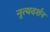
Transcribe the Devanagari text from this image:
नृत्यदर्शन